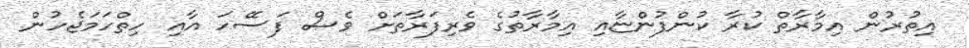
އިތުރުން އިމާރާތް ކުރާ ކުންފުންޏާއި އިމާރާތުގެ ވެރިފަރާތަށް ވެސް ފަސޭހަ އާއި ހިތްހަމަޖެހުން